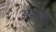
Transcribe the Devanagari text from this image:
अन्यय